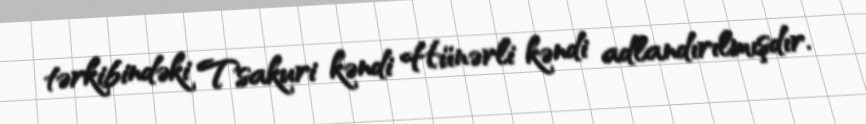
tərkibindəki Tsakuri kəndi Hünərli kəndi adlandırılmışdır.